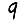
Digit: 9